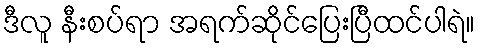
ဒီလူ နီးစပ်ရာ အရက်ဆိုင်ပြေးပြီထင်ပါရဲ။